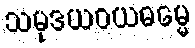
သမုဒယဝယဓမ္မေ